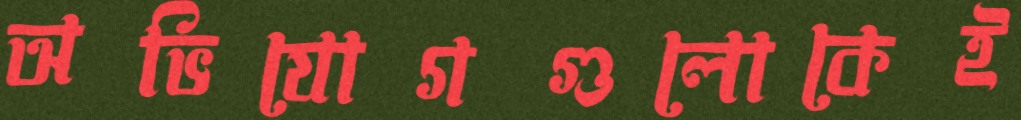
অভিযোগগুলোকেই